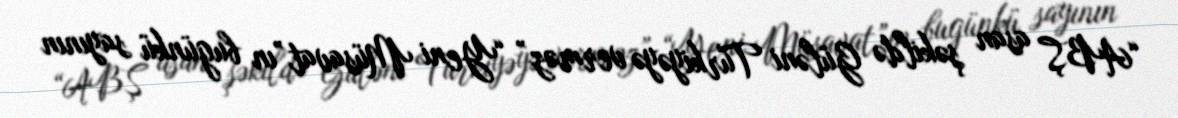
“ABŞ asan şəkildə Güləni Türkiyəyə verməz” “Yeni Müsavat”ın bugünkü sayının